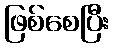
ဖြစ်စေပြီး